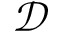
\mathcal { D }